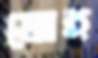
মোহ